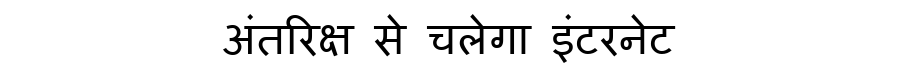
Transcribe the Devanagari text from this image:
अंतरिक्ष से चलेगा इंटरनेट